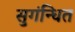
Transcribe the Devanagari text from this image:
सुगंन्‍धित